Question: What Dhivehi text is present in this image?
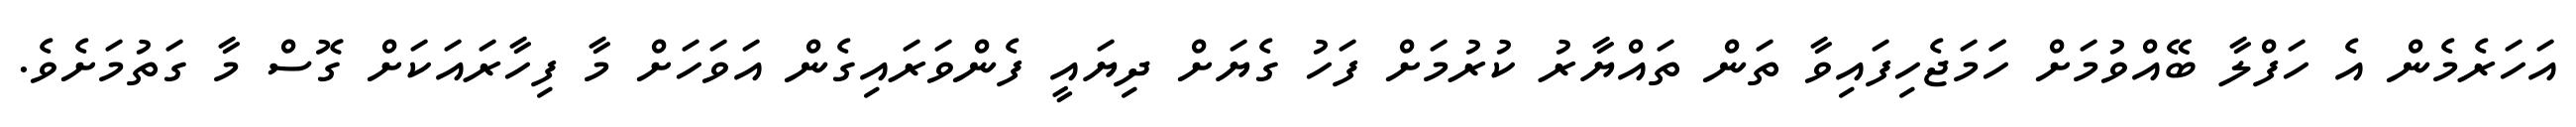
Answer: އަހަރެމެން އެ ހަފްލާ ބޭއްވުމަށް ހަަމަޖެހިފައިވާ ތަން ތައްޔާރު ކުރުމަށް ފަހު ގެޔަށް ދިޔައީ ފެންވަރައިގެން އަވަހަށް މާ ފިހާރައަކަށް ގޮސް މާ ގަތުމަށެވެ.